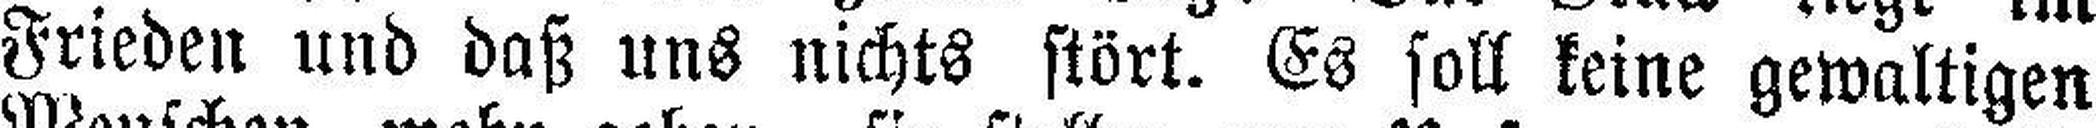
Frieden und daß uns nichts stört. Es soll keine gewaltigen